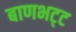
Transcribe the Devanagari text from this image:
बाणभट्‌ट